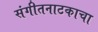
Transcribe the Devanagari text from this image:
संगीतनाटकाचा